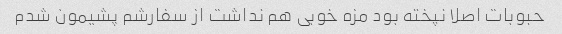
حبوبات اصلا نپخته بود مزه خوبی هم نداشت از سفارشم پشیمون شدم